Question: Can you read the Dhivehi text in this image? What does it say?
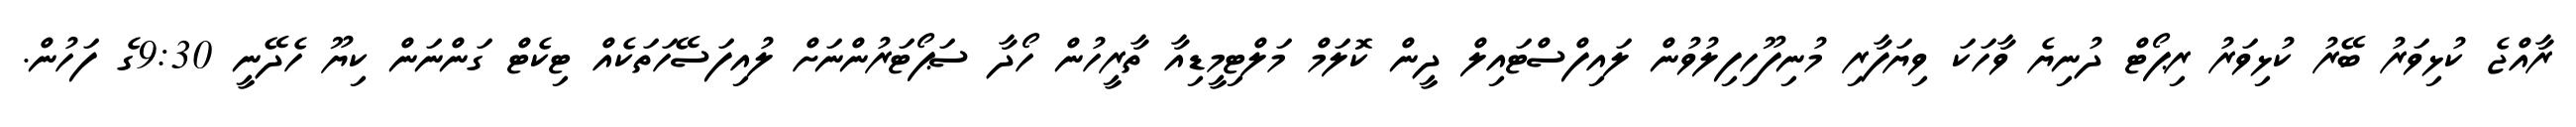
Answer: ރާއްޖެ ކުޅިވަރު ބޭރު ކުޅިވަރު ރިޕޯޓް ދުނިޔެ ވާހަކަ ވިޔަފާރި މުނިފޫހިފިލުވުން ލައިފްސްޓައިލް ދީން ކޮލަމް މަލްޓިމީޑިއާ ތާރީހުން ހޯދާ ސަޕޯޓަރުންނަށް ލުއިފަސޭހަތަކެއް ޓިކެޓް ގަންނަން ކިޔޫ ހެދޭނީ 9:30ގެ ފަހުން.